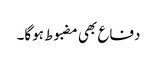
دفاع بھی مضبوط ہوگا۔